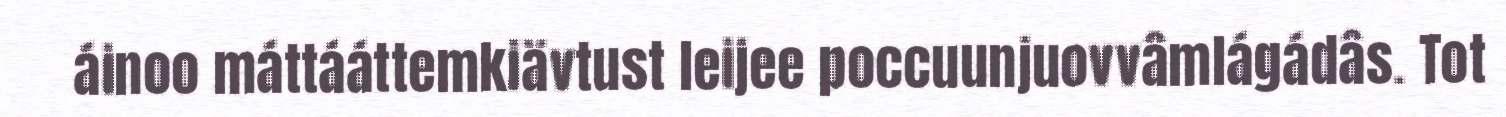
áinoo máttááttemkiävtust leijee poccuunjuovvâmlágádâs. Tot